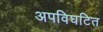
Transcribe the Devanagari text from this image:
अपविघटित